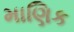
માણિક